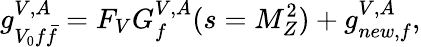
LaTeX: g_{V_{0}f{\bar{f}}}^{V,A}=F_{V}G_{f}^{V,A}(s=M_{Z}^{2})+g_{new,f}^{V,A},